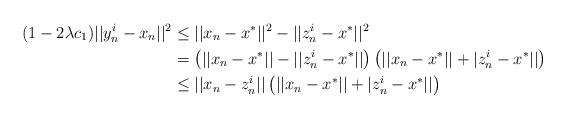
LaTeX: \begin{align*}(1-2\lambda c_1)||y_n^{i}-x_n||^2&\le ||x_n-x^*||^2-||{z}^i_n-x^*||^2\\ &=\left(||x_n-x^*||-||{z}^i_n-x^*||\right)\left(||x_n-x^*||+|{z}^i_n-x^*||\right)\\& \le ||x_n-z_n^i||\left(||x_n-x^*||+|{z}^i_n-x^*||\right)\end{align*}